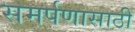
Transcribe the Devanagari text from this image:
समर्पणासाठी